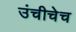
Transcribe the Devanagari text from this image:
उंचीचेच